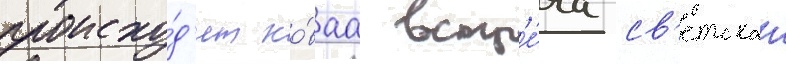
происхо́д'ит но́ваа встр'е́ча св'етскои